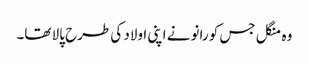
وہ منگل جس کو رانو نے اپنی اولاد کی طرح پالا تھا۔